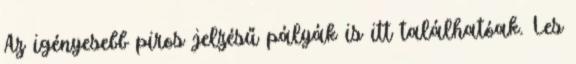
Az igényesebb piros jelzésű pályák is itt találhatóak. Les